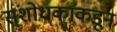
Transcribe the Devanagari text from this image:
संशोधकांकडून